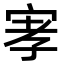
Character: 宯